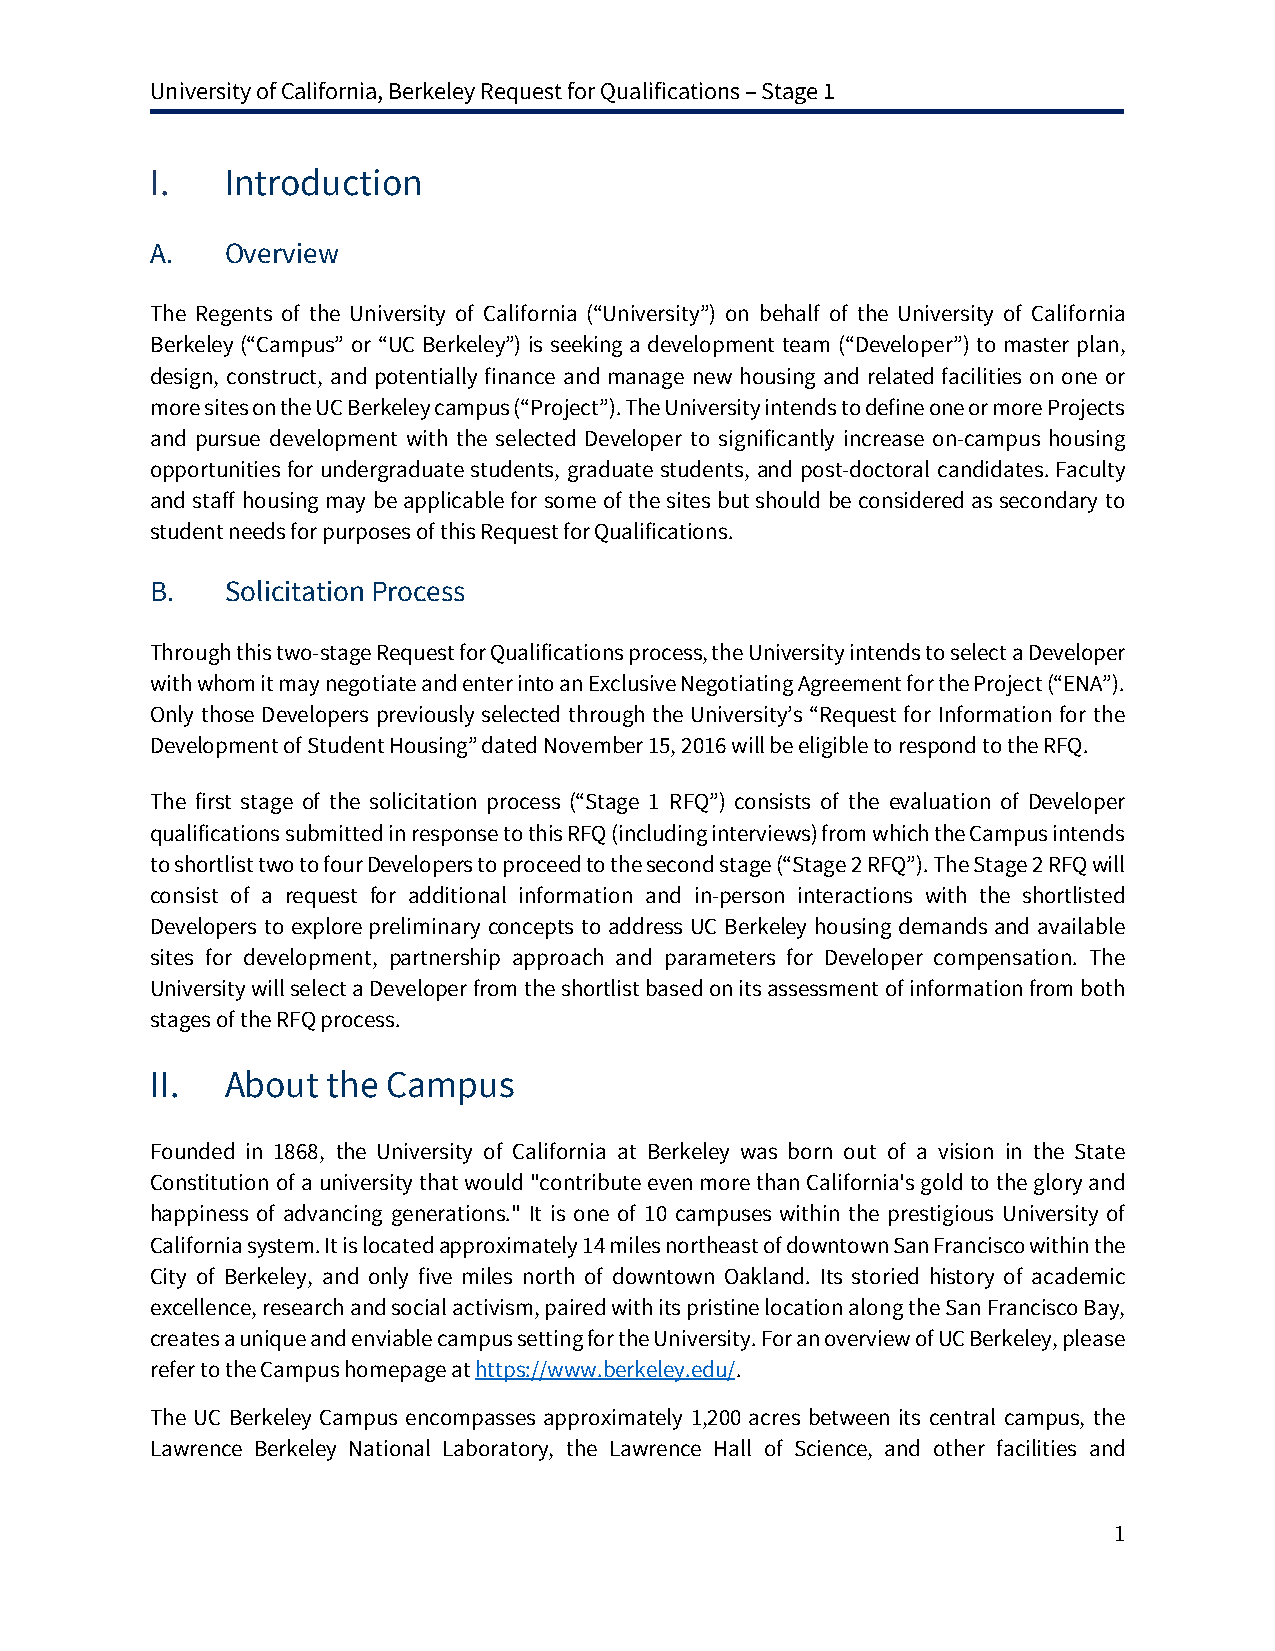
University of California, Berkeley Request for Qualifications – Stage 1
 I.   Introduction
 A.   Overview
 The Regents of the University of California (“University”) on behalf of the University of California
 Berkeley (“Campus” or “UC Berkeley”) is seeking a development team (“Developer”) to master plan,
 design, construct, and potentially finance and manage new housing and related facilities on one or
 more sites on the UC Berkeley campus (“Project”). The University intends to define one or more Projects
 and pursue development with the selected Developer to significantly increase on-campus housing
 opportunities for undergraduate students, graduate students, and post-doctoral candidates. Faculty
 and staff housing may be applicable for some of the sites but should be considered as secondary to
 student needs for purposes of this Request for Qualifications.
 B.   Solicitation Process
 Through this two-stage Request for Qualifications process, the University intends to select a Developer
 with whom it may negotiate and enter into an Exclusive Negotiating Agreement for the Project (“ENA”).
 Only those Developers previously selected through the University’s “Request for Information for the
 Development of Student Housing” dated November 15, 2016 will be eligible to respond to the RFQ.
 The first stage of the solicitation process (“Stage 1 RFQ”) consists of the evaluation of Developer
 qualifications submitted in response to this RFQ (including interviews) from which the Campus intends
 to shortlist two to four Developers to proceed to the second stage (“Stage 2 RFQ”). The Stage 2 RFQ will
 consist of a request for additional information and in-person interactions with the shortlisted
 Developers to explore preliminary concepts to address UC Berkeley housing demands and available
 sites for development, partnership approach and parameters for Developer compensation. The
 University will select a Developer from the shortlist based on its assessment of information from both
 stages of the RFQ process.
 II.  About  the Campus
 Founded in 1868, the University of California at Berkeley was born out of a vision in the State
 Constitution of a university that would "contribute even more than California's gold to the glory and
 happiness of advancing generations." It is one of 10 campuses within the prestigious University of
 California system. It is located approximately 14 miles northeast of downtown San Francisco within the
 City of Berkeley, and only five miles north of downtown Oakland. Its storied history of academic
 excellence, research and social activism, paired with its pristine location along the San Francisco Bay,
 creates a unique and enviable campus setting for the University. For an overview of UC Berkeley, please
 refer to the Campus homepage at https://www.berkeley.edu/.
 The UC Berkeley Campus encompasses approximately 1,200 acres between its central campus, the
 Lawrence Berkeley National Laboratory, the Lawrence Hall of Science, and other facilities and
 1